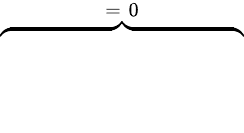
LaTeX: \overbrace{\phantom{\left.\sum_{k=1}^{3}\partial_{k}(\mathrm{d}_{\rho}\mathbf{H}\times\tilde{\mathbf{E}})_{k}\right|_{0}^{T}}}^{=\; 0}